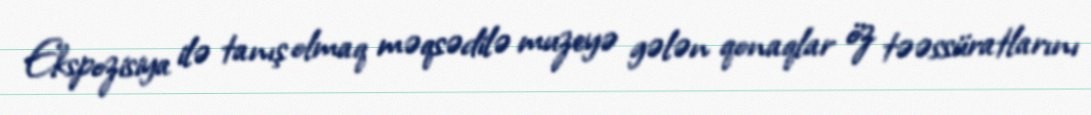
Ekspozisiya ilə tanış olmaq məqsədilə muzeyə gələn qonaqlar öz təəssüratlarını